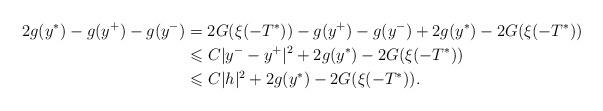
LaTeX: \begin{align*}2g(y^*)-g(y^+)-g(y^-)&=2G(\xi(-T^*))-g(y^+)-g(y^-)+2g(y^*)-2G(\xi(-T^*))\\&\leqslant C|y^--y^+|^2+2g(y^*)-2G(\xi(-T^*))\\&\leqslant C|h|^2+2g(y^*)-2G(\xi(-T^*)).\end{align*}